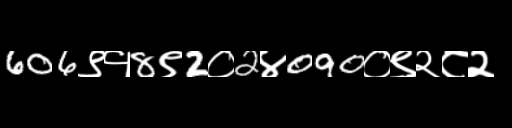
Text: 606९१8९2०2४090०९२८२